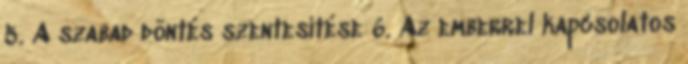
5. A szabad döntés szentesítése 6. Az emberrel kapcsolatos